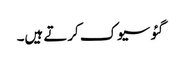
گئو سیوک کرتے ہیں۔